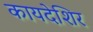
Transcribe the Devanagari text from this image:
कायदेशिर